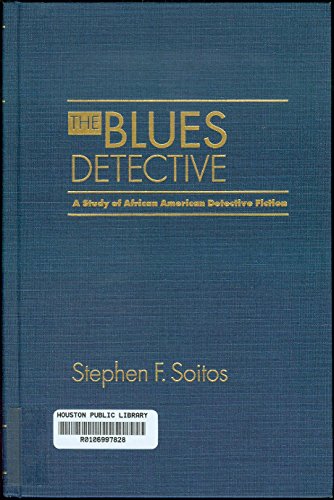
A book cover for The Blues Detective: A Study of African American Detective Fiction; Stephen Soitos; Mystery, Thriller & Suspense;